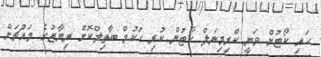
ހައި ކޯޓުން ވަނީ ކްރިމިނަލް ކޯޓުން ކުރި ހުކުމް ބާތިލްކޮށް ރިޔާޒުގެ މައްޗަށް